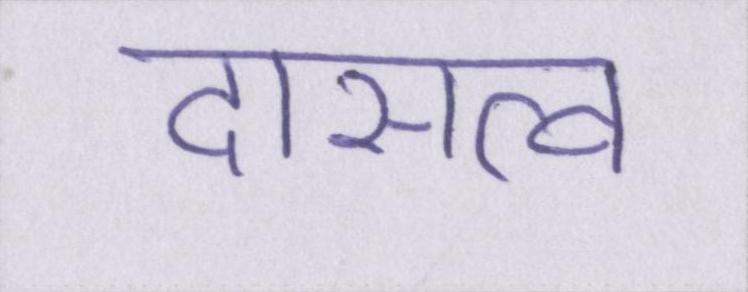
दासत्व